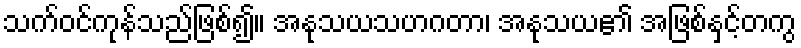
သက်ဝင်ကုန်သည်ဖြစ်၍။ အနုသယသဟဂတာ၊ အနုသယ၏ အဖြစ်နှင့်တကွ